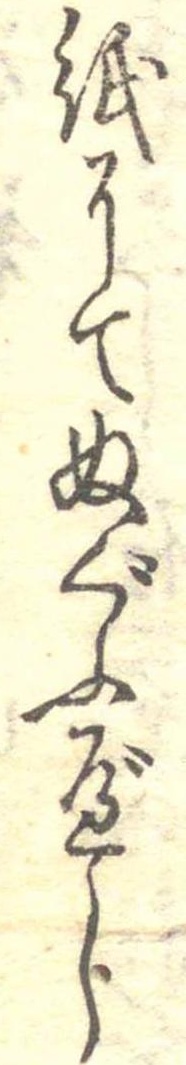
紙にてぬぐふべし